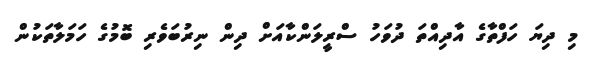
މި ދިޔަ ހަފްތާގެ އާދިއްތަ ދުވަހު ސްރީލަންކާއަށް ދިން ނިރުބަވެރި ބޮމުގެ ހަމަލާތަކުން